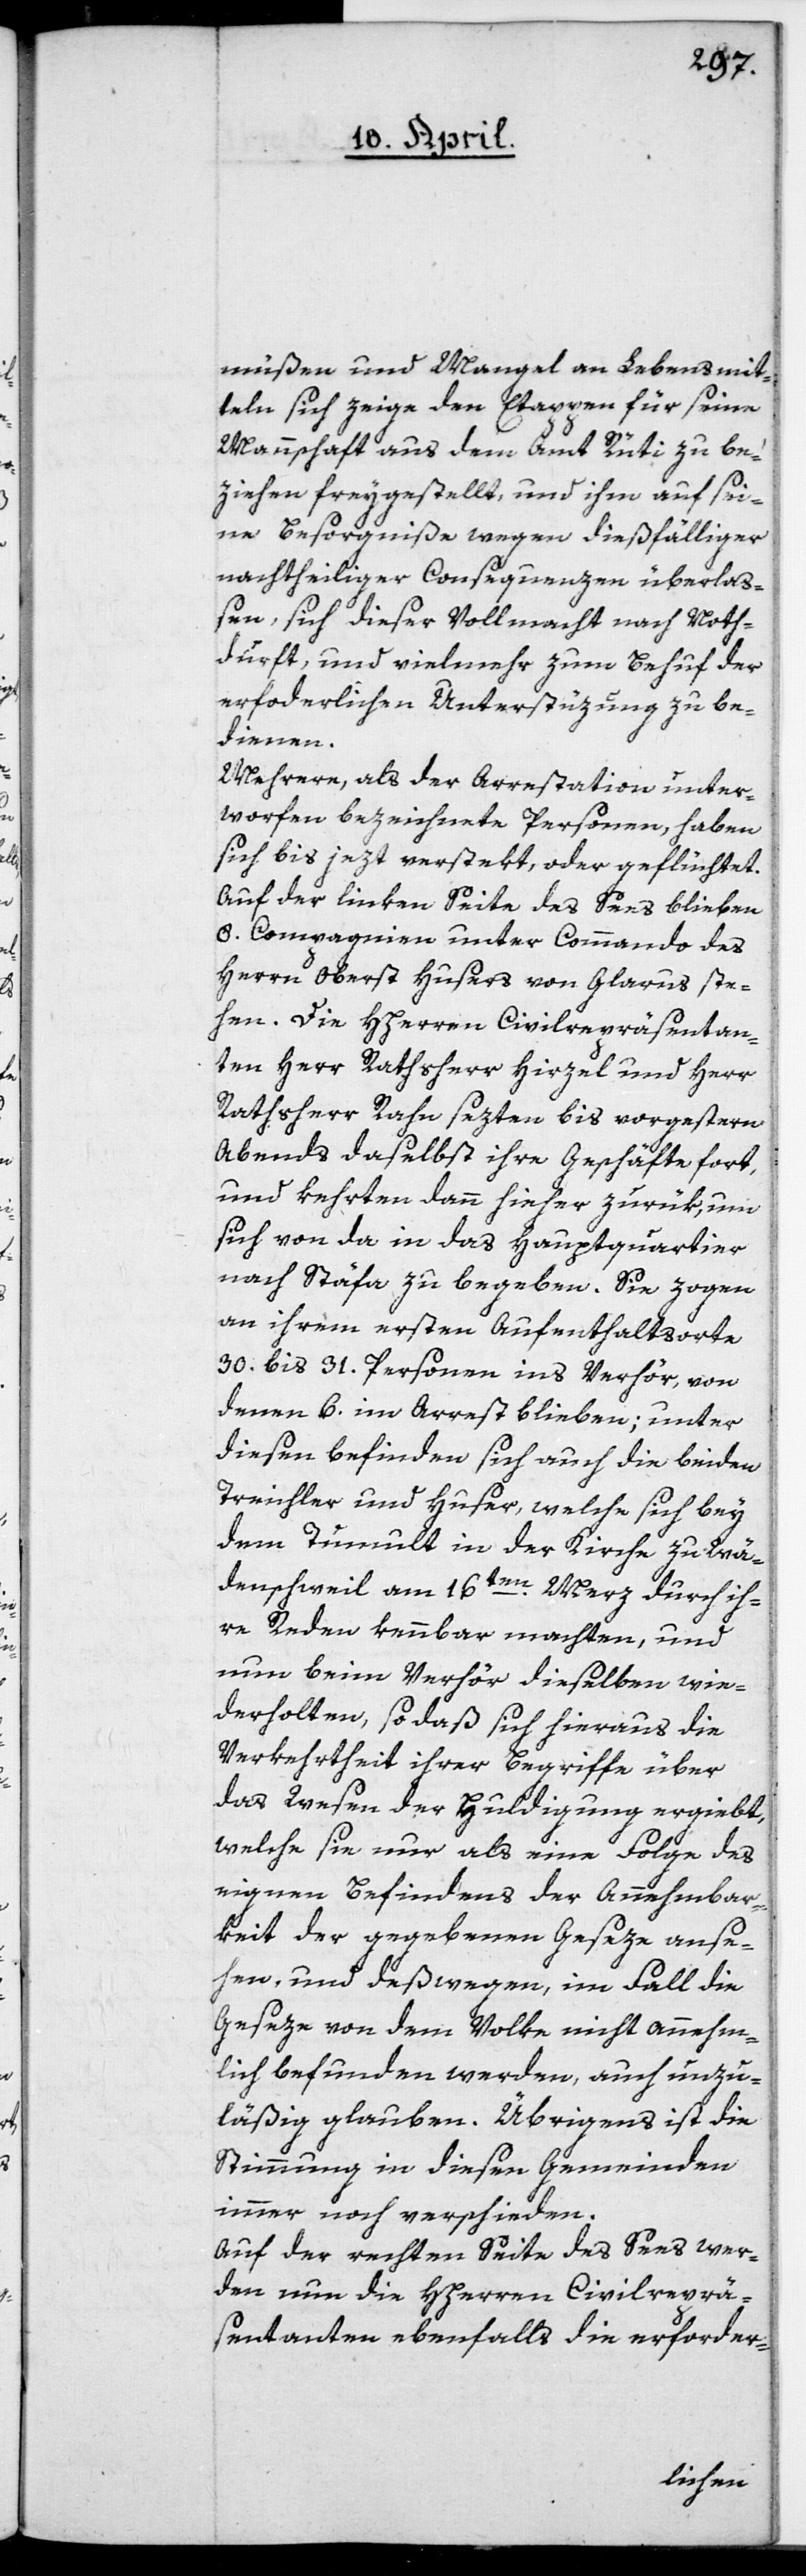
müßen und Mangel an Lebensmit¬
teln sich zeige den Etappen für seine
Mannschaft aus dem Amt Rüti zu be¬
ziehen freygestellt, und ihm auf sei¬
ne Besorgniße wegen dießfälliger
nachtheiliger Consequenzen überlaß¬
en, sich dieser Vollmacht nach Noth¬
durft und vielmehr zum Behuf der
erforderlichen Unterstüzung zu be¬
dienen.
Mehrere, als der Arrestation unter¬
worfen bezeichnete Personen, haben
sich bis jezt verstekt oder geflüchtet.
Auf der linken Seite des Sees blieben
8. Compagnien unter Commando des
Herrn Oberst Husers von Glarus ste¬
hen. Die HHerren Civilrepräsentan¬
ten Herr Rathsherr Hirzel und Herr
Rathsherr Rahn sezten bis vorgestern
Abends daselbst ihre Geschäfte fort,
und kehrten dann hieher zurük, um
sich von da in das Hauptquartier
nach Stäfa zu begeben. Sie zogen
an ihrem ersten Aufenthaltsorte
30 bis 31 Personen ins Verhör, von
denen 6 im Arrest blieben; unter
diesen befinden sich auch die beiden
Treichler und Huser, welche sich bey
dem Tumult in der Kirche zu Wä¬
denschweil am 16ten Merz durch ih¬
re Reden kennbar machten, und
nun beim Verhör dieselben wie¬
derholten, so daß sich hieraus die
Verkehrtheit ihrer Begriffe über
das Wesen der Huldigung ergiebt,
welche sie nur als eine Folge des
eignen Befindens der Annehmbar¬
keit der gegebenen Geseze anse¬
hen, und deßwegen, im Fall die
Geseze von dem Volke nicht annehm¬
lich befunden werden, auch unzu¬
läßig glauben. Übrigens ist die
Stimmung in diesen Gemeinden
immer noch verschieden.
Auf der rechten Seite des Sees wer¬
den nun die HHerren Civilreprä¬
sentanten ebenfalls die erforder-